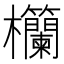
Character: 𪴧